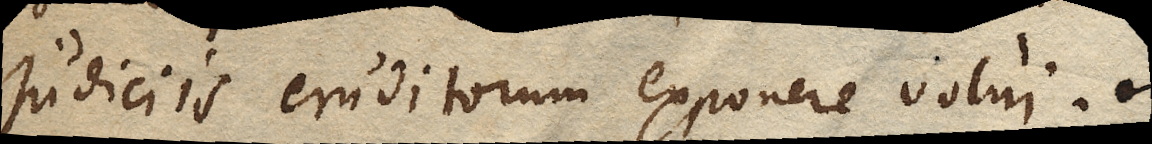
judiciis eruditorum exponere volui.